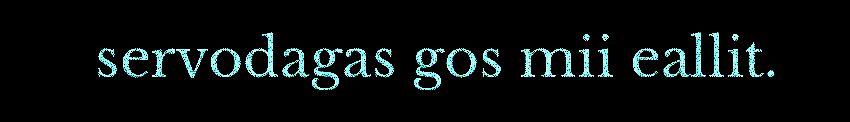
servodagas gos mii eallit.